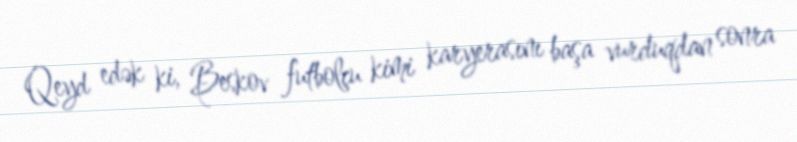
Qeyd edək ki, Beskov futbolçu kimi karyerasını başa vurduqdan sonra